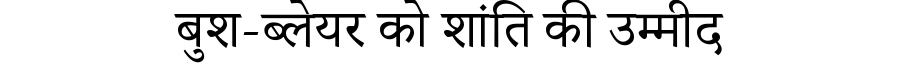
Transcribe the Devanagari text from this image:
बुश-ब्लेयर को शांति की उम्मीद